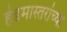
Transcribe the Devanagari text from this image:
हेडमास्तरांच्या